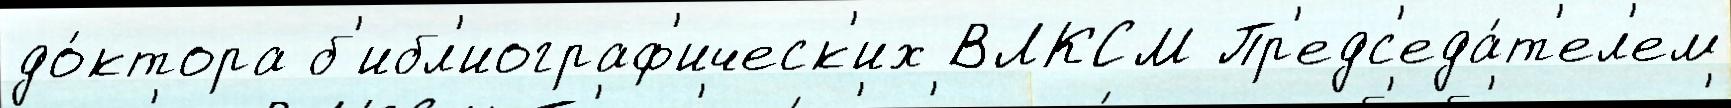
до́ктора б'ибл'иограф'ическ'их ВЛКСМ Пр'едс'еда́т'ел'ем